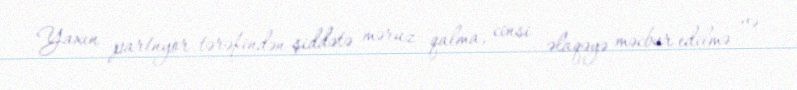
Yaxın partnyor tərəfindən şiddətə məruz qalma, cinsi əlaqəyə məcbur edilmə və